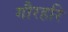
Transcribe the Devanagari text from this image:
गौरहरि